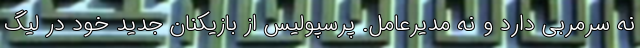
نه سرمربی دارد و نه مدیرعامل. پرسپولیس از بازیکنان جدید خود در لیگ